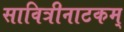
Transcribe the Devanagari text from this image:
सावित्रीनाटकम्